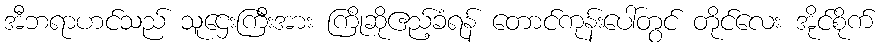
အီဘရာဟင်သည် သူဌေးကြီးအား ကြိုဆိုဧည့်ခံရန် တောင်ကုန်းပေါ်တွင် တိုင်လေး အိုင်စိုက်